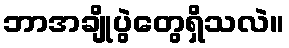
ဘာအချိုပွဲတွေရှိသလဲ။